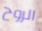
الروح